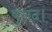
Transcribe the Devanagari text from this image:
बुलंद।